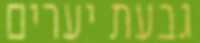
גבעת יערים